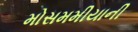
મોસમમીયાની